system: You are a helpful assistant.
user:
Analyze the provided spectrum to determine if it is a **"Cataclysmic Variables (CV)"**.

- **Key Indicators for CV (Check for either state):**
    - **State 1: Quiescent / Low-State (Emission-Dominated)**
        - **(Primary):** Strong and *very broad* Hydrogen Balmer emission lines (e.g., $H\alpha$ at 6563 Å, $H\beta$ at 4861 Å). The 'broadness' (high velocity dispersion, often FWHM > 1000 km/s) is the key diagnostic, indicating a high-velocity accretion disk.
        - **(Secondary):** Broad neutral Helium (He I) emission lines (e.g., 5876 Å, 6678 Å).
        - **(Key Confirmation):** Presence of high-excitation *ionized* Helium (He II) emission at 4686 Å. This is a strong indicator of accretion onto a white dwarf.
        - **(Line Profile):** Emission lines may exhibit a 'double-peaked' profile, which is a classic signature of a rotating accretion disk viewed at high inclination.

    - **State 2: Outburst / High-State (Absorption-Dominated)**
        - **(Primary):** Spectrum is dominated by a bright, blue continuum (looks like a hot star).
        - **(Secondary):** The emission lines from State 1 are weak, absent, or 'filled in', and are replaced by broad, shallow *absorption* lines (primarily Balmer and He I).
        - **(Morphology):** The overall spectrum mimics a hot B/A-type star. The crucial difference is that the absorption lines are significantly broader, shallower, and more 'washed-out' (or 'smeared') than the sharp lines of a normal stellar photosphere, due to high rotational speeds and pressure broadening in the disk.

Think first, call **spectral_visualization_tool** if needed to examine features in detail, then provide your final answer. Your response must adhere to the following strict rules:
1.  **Overall Structure:** Your response must follow the format `<think>...</think> <tool_call>...</tool_call> (if a tool is used) <answer>...</answer>`.
2.  **Tool Usage Constraint:** You may only make **one** tool call per turn.
3.  **Final Answer Format:** In the `<answer>` tag, your conclusion must be inside a `\boxed{}` command (e.g., `\boxed{YES}`), followed by your justification.

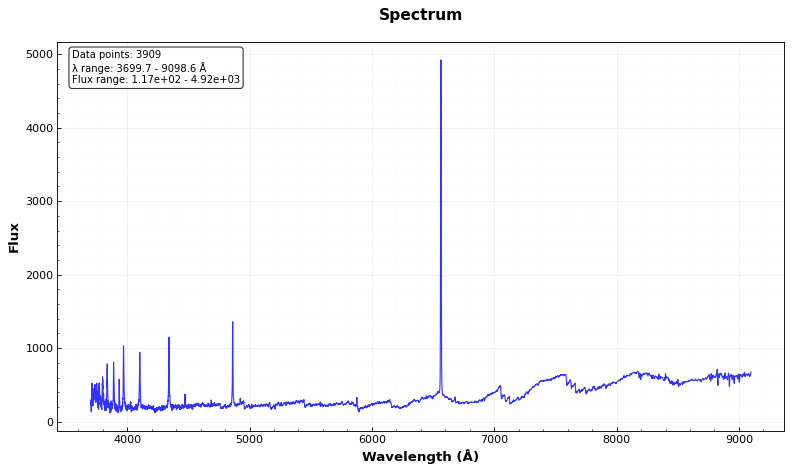
Answer: NO